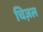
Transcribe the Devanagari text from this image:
चिज़ल